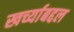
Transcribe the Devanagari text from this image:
खर्च्याबद्दल